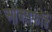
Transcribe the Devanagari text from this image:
ओक्सफॉर्ड